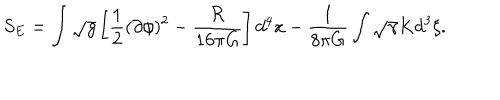
LaTeX: S _ { E } = \int \sqrt { g } \left[ { \frac { 1 } { 2 } } ( \partial \phi ) ^ { 2 } - { \frac { \cal R } { 1 6 \pi G } } \right] d ^ { 4 } x - { \frac { 1 } { 8 \pi G } } \int \sqrt { \gamma } K d ^ { 3 } \xi .